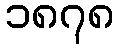
၁၈၇၈